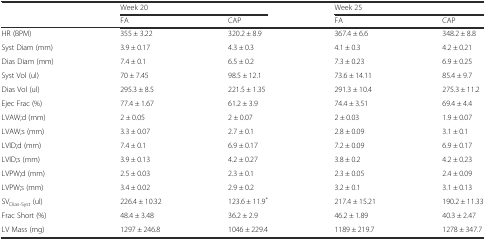
|  | <COLSPAN=2> Week 20 | <COLSPAN=2> Week 25 |
 |  | FA | CAP | FA | CAP |
 | --- | --- | --- | --- | --- |
 | HR (BPM) | 355 ± 3.22 | 320.2 ± 8.9 | 367.4 ± 6.6 | 348.2 ± 8.8 |
 | Syst Diam (mm) | 3.9 ± 0.17 | 4.3 ± 0.3 | 4.1 ± 0.3 | 4.2 ± 0.21 |
 | Dias Diam (mm) | 7.4 ± 0.1 | 6.5 ± 0.2 | 7.3 ± 0.23 | 6.9 ± 0.25 |
 | Syst Vol (ul) | 70 ± 7.45 | 98.5 ± 12.1 | 73.6 ± 14.11 | 85.4 ± 9.7 |
 | Dias Vol (ul) | 295.3 ± 8.5 | 221.5 ± 1.35 | 291.3 ± 10.4 | 275.3 ± 11.2 |
 | Ejec Frac (%) | 77.4 ± 1.67 | 61.2 ± 3.9 | 74.4 ± 3.51 | 69.4 ± 4.4 |
 | LVAW;d (mm) | 2 ± 0.05 | 2 ± 0.07 | 2 ± 0.03 | 1.9 ± 0.07 |
 | LVAW;s (mm) | 3.3 ± 0.07 | 2.7 ± 0.1 | 2.8 ± 0.09 | 3.1 ± 0.1 |
 | LVID;d (mm) | 7.4 ± 0.1 | 6.9 ± 0.17 | 7.2 ± 0.09 | 6.9 ± 0.17 |
 | LVID;s (mm) | 3.9 ± 0.13 | 4.2 ± 0.27 | 3.8 ± 0.2 | 4.2 ± 0.23 |
 | LVPW;d (mm) | 2.5 ± 0.03 | 2.3 ± 0.1 | 2.3 ± 0.05 | 2.4 ± 0.09 |
 | LVPW;s (mm) | 3.4 ± 0.02 | 2.9 ± 0.2 | 3.2 ± 0.1 | 3.1 ± 0.13 |
 | SVDias-Syst (ul) | 226.4 ± 10.32 | 123.6 ± 11.9* | 217.4 ± 15.21 | 190.2 ± 11.33 |
 | Frac Short (%) | 48.4 ± 3.48 | 36.2 ± 2.9 | 46.2 ± 1.89 | 40.3 ± 2.47 |
 | LV Mass (mg) | 1297 ± 246.8 | 1046 ± 229.4 | 1189 ± 219.7 | 1278 ± 347.7 |